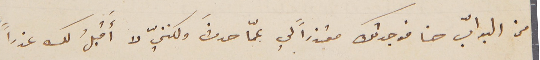
من البوابّ هنا فوجدتك معتذراً لي عمّا حدثَ ولكننيّ لا أَقبلُ لك عذراً